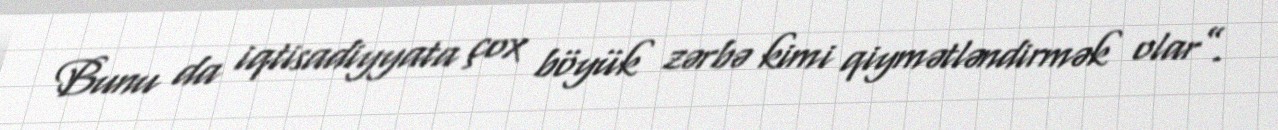
Bunu da iqtisadiyyata çox böyük zərbə kimi qiymətləndirmək olar”.